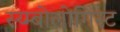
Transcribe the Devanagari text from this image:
स्य्म्बोलोगिस्ट